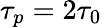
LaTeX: \tau_{p}=2\tau_{0}